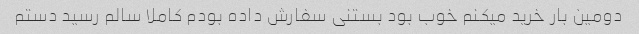
دومین بار خرید میکنم خوب بود بستنی سفارش داده بودم کاملا سالم رسید دستم